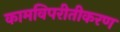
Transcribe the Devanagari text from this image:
कामविपरीतीकरण